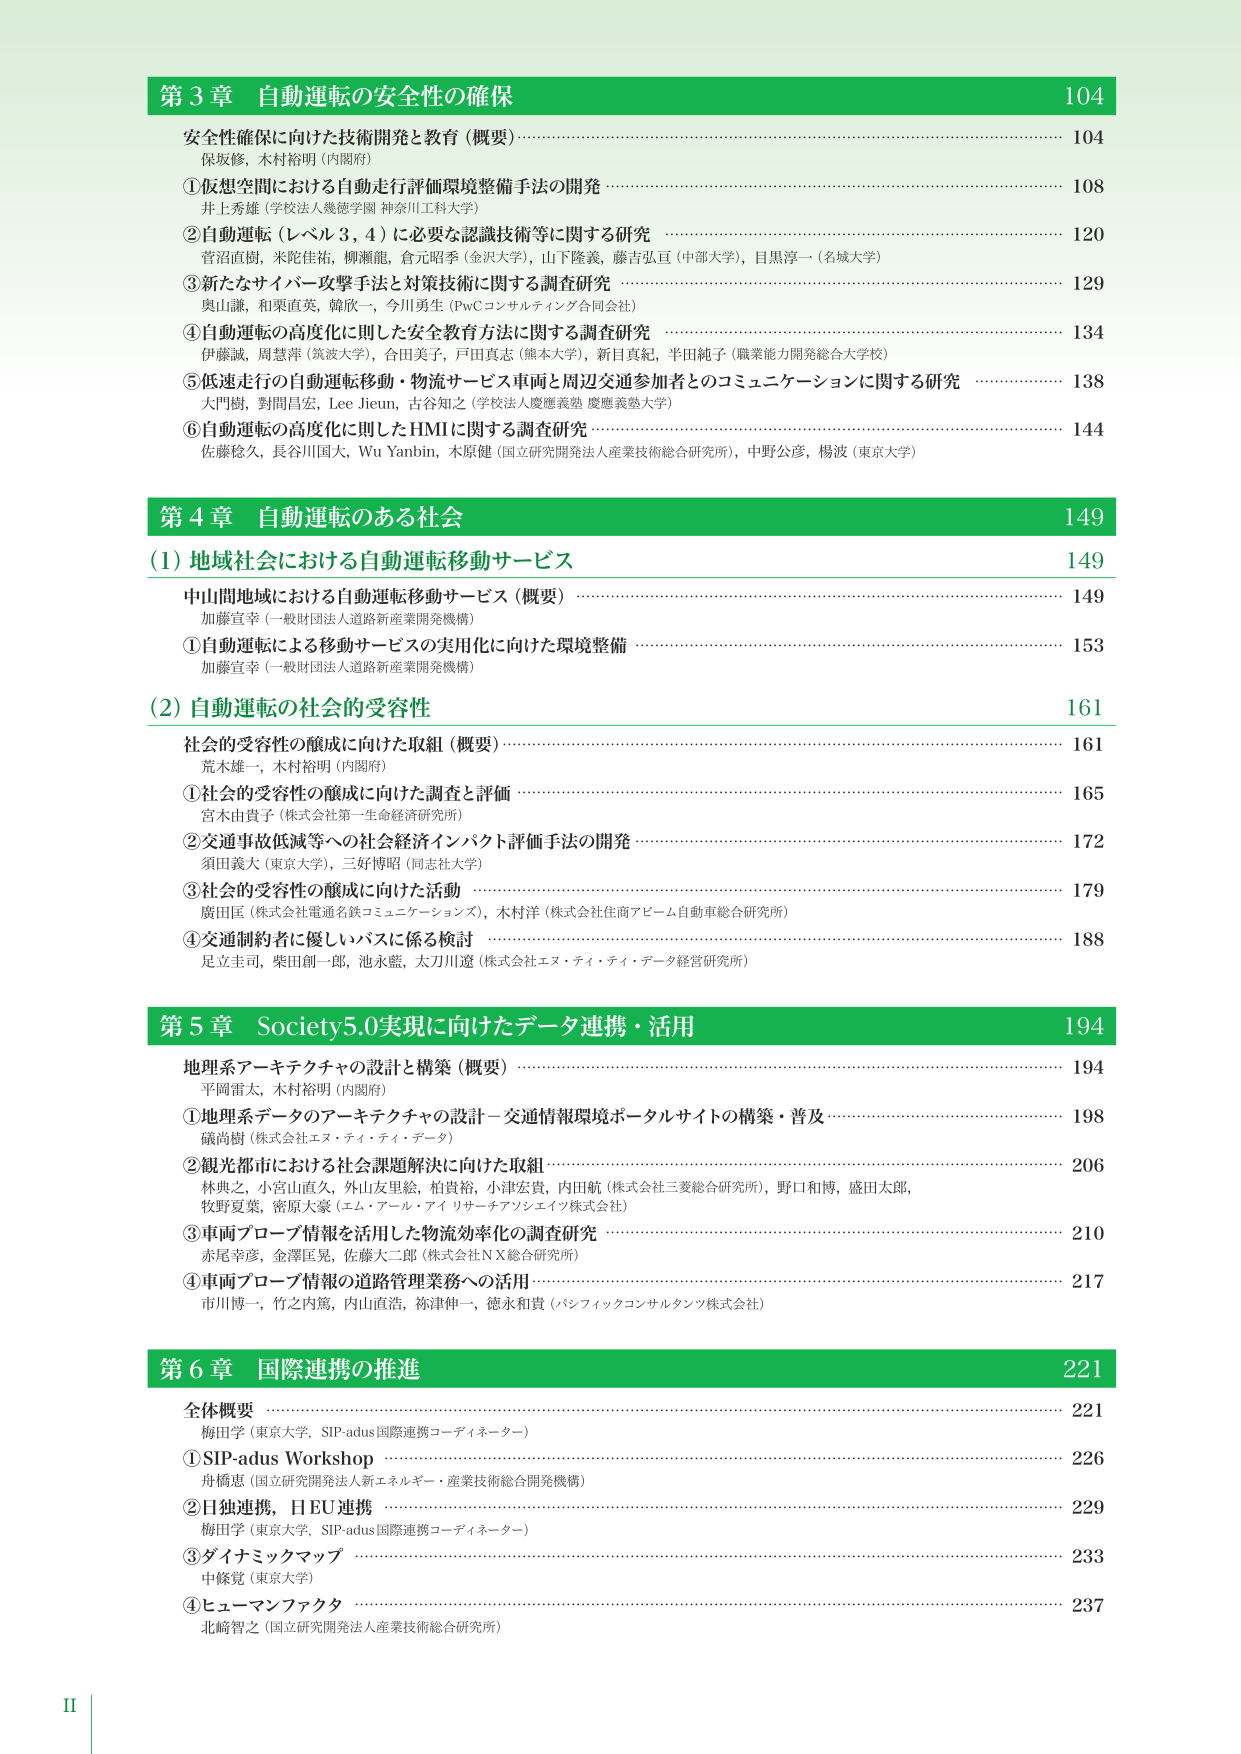
第３章 自動運転の安全性の確保 104
安全性確保に向けた技術開発と教育（概要） 104
保坂修，木村裕明（内閣府）
①仮想空間における自動走行評価環境整備手法の開発 108
井上秀雄（学校法人幾徳学園 神奈川工科大学）
②自動運転（レベル３，４）に必要な認識技術等に関する研究 120
菅沼直樹，米陀佳祐，柳瀬能，倉元昭季（金沢大学），山下隆義，藤吉弘亘（中部大学），目黒淳一（名城大学）
③新たなサイバー攻撃手法と対策技術に関する調査研究 129
奥山譲，和栗直英，韓欣一，今川勇生（PwCコンサルティング合同会社）
④自動運転の高度化に則した安全教育方法に関する調査研究 134
伊藤誠，周慧萍（筑波大学），合田美子，戸田真志（熊本大学），新目真紀，半田純子（職業能力開発総合大学校）
⑤低速走行の自動運転移動・物流サービス車両と周辺交通参加者とのコミュニケーションに関する研究 138
大門樹，対間昌弘，Lee Jieun，古谷知之（学校法人慶應義塾 慶應義塾大学）
⑥自動運転の高度化に則したHMIに関する調査研究 144
佐藤稔久，長谷川国大，Wu Yanbin，木原健（国立研究開発法人産業技術総合研究所），中野公彦，楊波（東京大学）

第４章 自動運転のある社会 149
（1）地域社会における自動運転移動サービス 149
中山間地域における自動運転移動サービス（概要） 149
加藤直幸（一般財団法人道路新産業開発機構）
①自動運転による移動サービスの実用化に向けた環境整備 153
加藤直幸（一般財団法人道路新産業開発機構）
（2）自動運転の社会的受容性 161
社会的受容性の醸成に向けた取組（概要） 161
荒木雄一，木村裕明（内閣府）
①社会的受容性の醸成に向けた調査と評価 165
宮木由貴子（株式会社第一生命経済研究所）
②交通事故低減等への社会経済インパクト評価手法の開発 172
須田義夫（東京大学），三好博昭（同志社大学）
③社会的受容性の醸成に向けた活動 179
廣田匡（株式会社電通名鉄コミュニケーションズ），木村洋（株式会社住商アピーム自動車総合研究所）
④交通制約者に優しいバスに係る検討 188
足立圭司，柴田創一郎，池永藍，太刀川遼（株式会社エヌ・ティ・ティ・データ経営研究所）

第５章 Society5.0実現に向けたデータ連携・活用 194
地理系アーキテクチャの設計と構築（概要） 194
平岡雷太，木村裕明（内閣府）
①地理系データのアーキテクチャの設計－交通情報環境ポータルサイトの構築・普及 198
磯向樹（株式会社エヌ・ティ・ティ・データ）
②観光都市における社会課題解決に向けた取組 206
林典之，小宮山直久，外山友里絵，柏貴裕，小津宏貴，内田航（株式会社三菱総合研究所），野口和博，盛田太郎，
牧野夏菜，密原大豪（エム・アール・アイ リサーチアソシエイツ株式会社）
③車両プローブ情報を活用した物流効率化の調査研究 210
赤尾幸彦，金澤匡晃，佐藤大二郎（株式会社ＮＸ総合研究所）
④車両プローブ情報の道路管理業務への活用 217
市川博一，竹之内篤，内山直浩，祢津伸一，徳永和貴（パンフィックコンサルタンツ株式会社）

第６章 国際連携の推進 221
全体概要 221
梅田学（東京大学，SIP-adus国際連携コーディネーター）
①SIP-adus Workshop 226
舟橋恵（国立研究開発法人新エネルギー・産業技術総合開発機構）
②日独連携，日BU連携 229
梅田学（東京大学，SIP-adus国際連携コーディネーター）
③ダイナミックマップ 233
中條覚（東京大学）
④ヒューマンファクタ 237
北﨑智之（国立研究開発法人産業技術総合研究所）

II